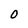
Character: O